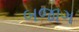
બજાગ